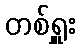
တစ်ရှူး